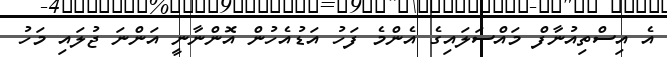
އެ އިސްތިއުނާފް މައްސަލައިގެ އެންމެ ފަހު އަޑުއެހުން އޮންނާނީ އަންނަ ޖުލައި މަހު